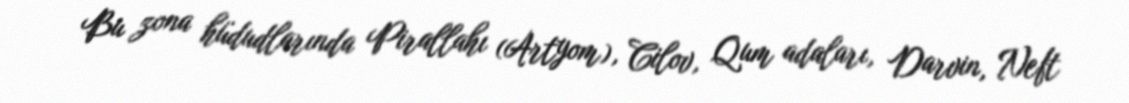
Bu zona hüdudlarında Pirallahı (Artyom), Cilov, Qum adaları, Darvin, Neft